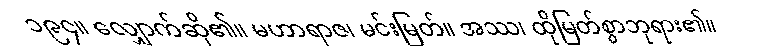
၁၉၄။ လျှောက်ဆို၏။ မဟာရာဇ၊ မင်းမြတ်။ အဿ၊ ထိုမြတ်စွာဘုရား၏။